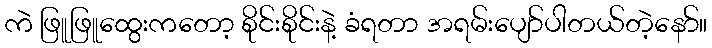
ကဲ ဖြူဖြူထွေးကတော့ စိုင်းစိုင်းနဲ့ ခံရတာ အရမ်းပျော်ပါတယ်တဲ့နော်။